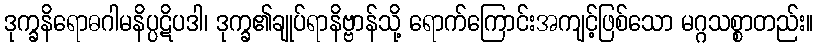
ဒုက္ခနိရောဓဂါမနိပ္ပဋိပဒါ၊ ဒုက္ခ၏ချုပ်ရာနိဗ္ဗာန်သို့ ရောက်ကြောင်းအကျင့်ဖြစ်သော မဂ္ဂသစ္စာတည်း။